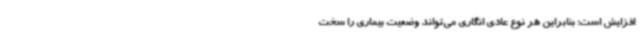
افزایش است؛ بنابراین هر نوع عادی انگاری می‌تواند وضعیت بیماری را سخت